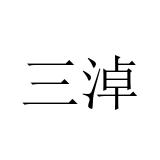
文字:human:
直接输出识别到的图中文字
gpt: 三淖